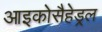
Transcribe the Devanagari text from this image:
आइकोसैहेड्रल